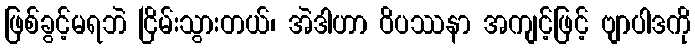
ဖြစ်ခွင့်မရဘဲ ငြိမ်းသွားတယ်၊ အဲဒါဟာ ဝိပဿနာ အကျင့်ဖြင့် ဗျာပါဒကို